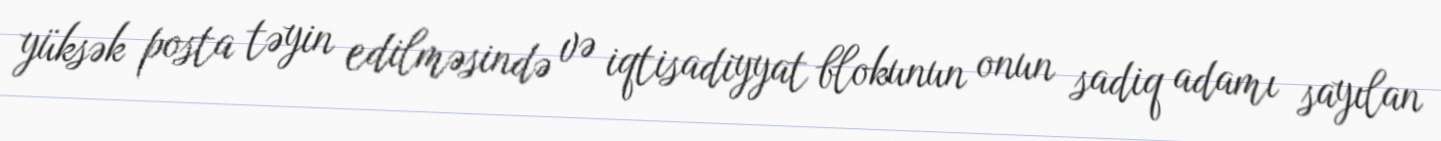
yüksək posta təyin edilməsində və iqtisadiyyat blokunun onun sadiq adamı sayılan